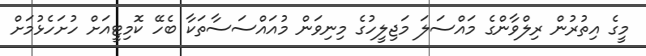
މީގެ އިތުރުން ރިލްވާންގެ މައްސަލަ މަޖިލީހުގެ މިނިވަން މުއައްސަސާތަކާ ބެހޭ ކޮމިޓީއަށް ހުށަހެޅުމަށް